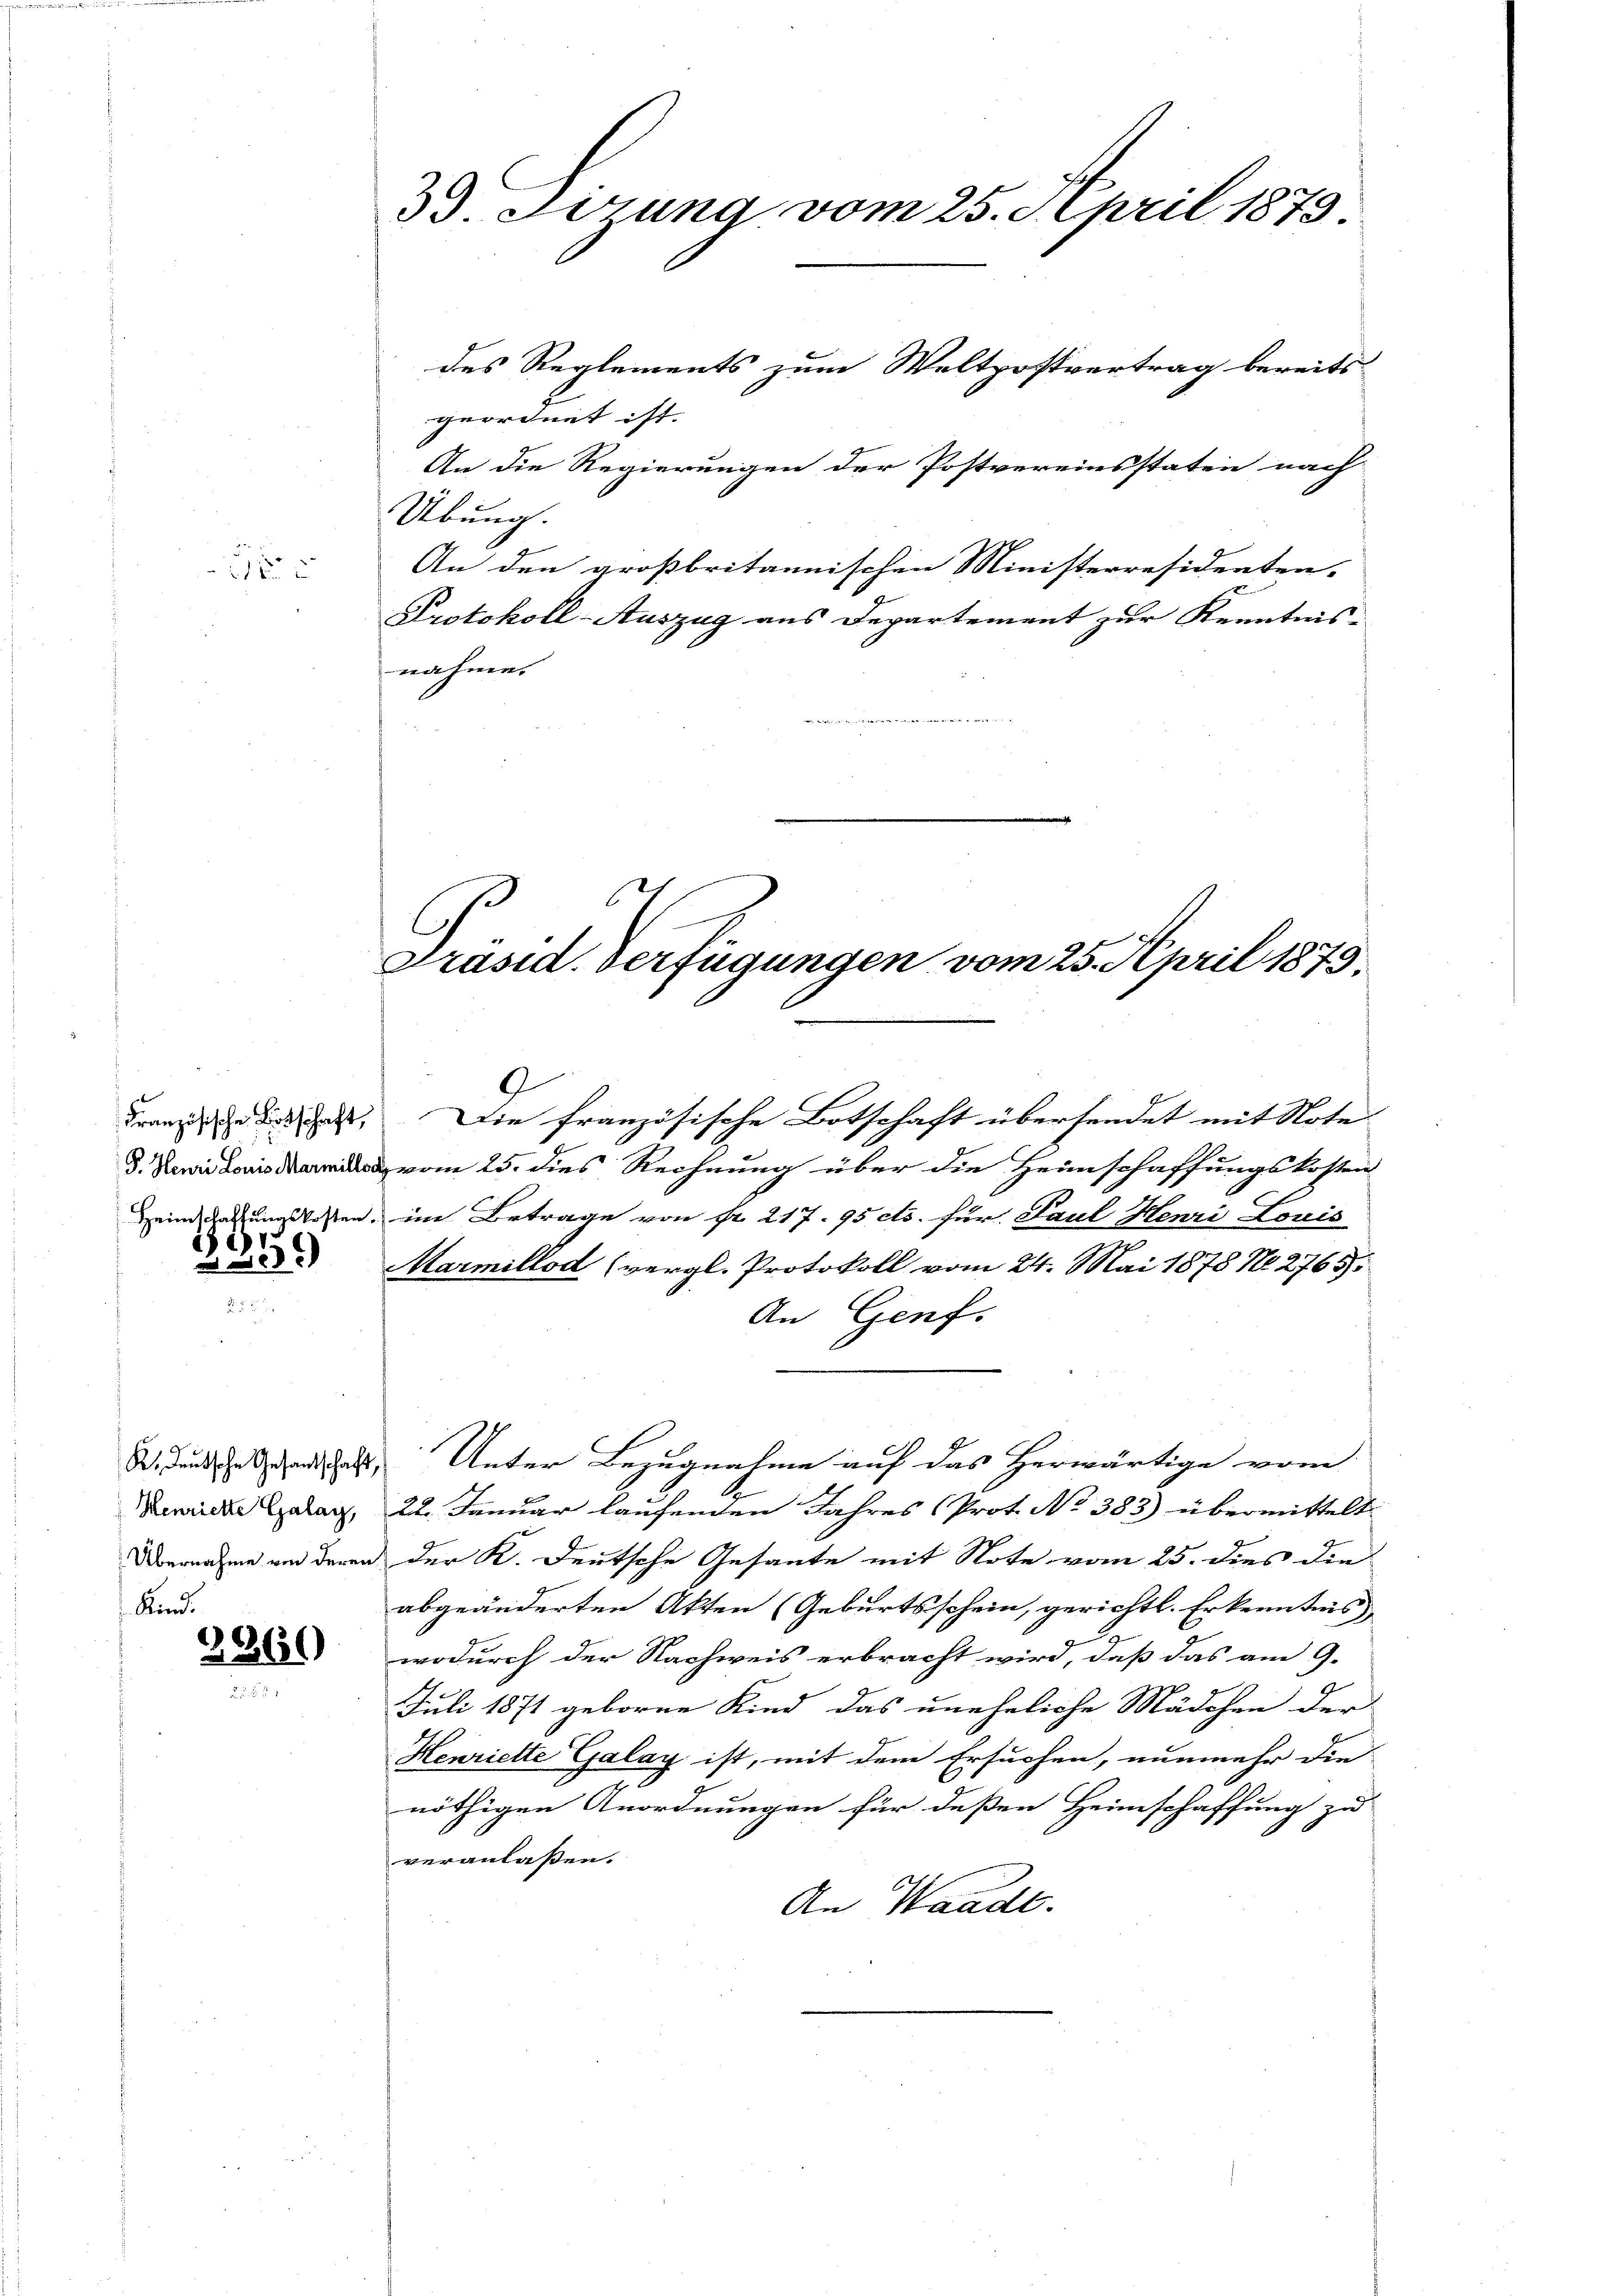
1

u

Französische Botschaft,
P. Henri Louis Marmillen

15
in Bede

Henrichte Galag,
Übernahme von deren
Kind.

2260

33. Sizung vom 25. April 1873.
des Reglements zum Weltpostvertrag bereits
geordnet ist.
An die Regierungen der Postvereinsstaten nach
Übung.
An den großbritannischen Ministerresidenten.
Protokoll-Auszug aus Departement zur Kenntnis
nahme.

9
vom 25. dies Rechnung über die Heimschaffungskosten
Heim darungslosen, im Betrage von fr. 217. 95 cts. für Paul Henri Louis
Marmillod (vergl. Protokoll vom 24. Mai 1878 No. 2765.
An Genf.
ddenden Unter Bezugnahme auf das herwärtige vom
22. Januar laufenden Jahres (Prot. No 383) übermittelt:
der K. Deutsche Gesante mit Note vom 25. dies die
abgeänderten Akten (Geburtsschein, gerichtl. Erkenntnis
wodurch der Nachweis erbracht wird, daß das am 9.
Juli 1871 geboren Kind das uneheliche Mädchen der
Henriette Galay ist, mit dem Ersuchen, nunmehr die
nöthigen Anordnungen für deßen Heimschaffung zu
veranlaßen.
An Waadt.

Die französische Botschaft übersendet mit Note

Präsid. Verfügungen vom 25. April 1873.